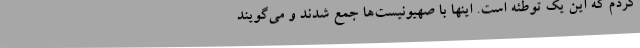
کردم که این یک توطئه است. اینها با صهیونیست‌ها جمع شدند و می‌گویند